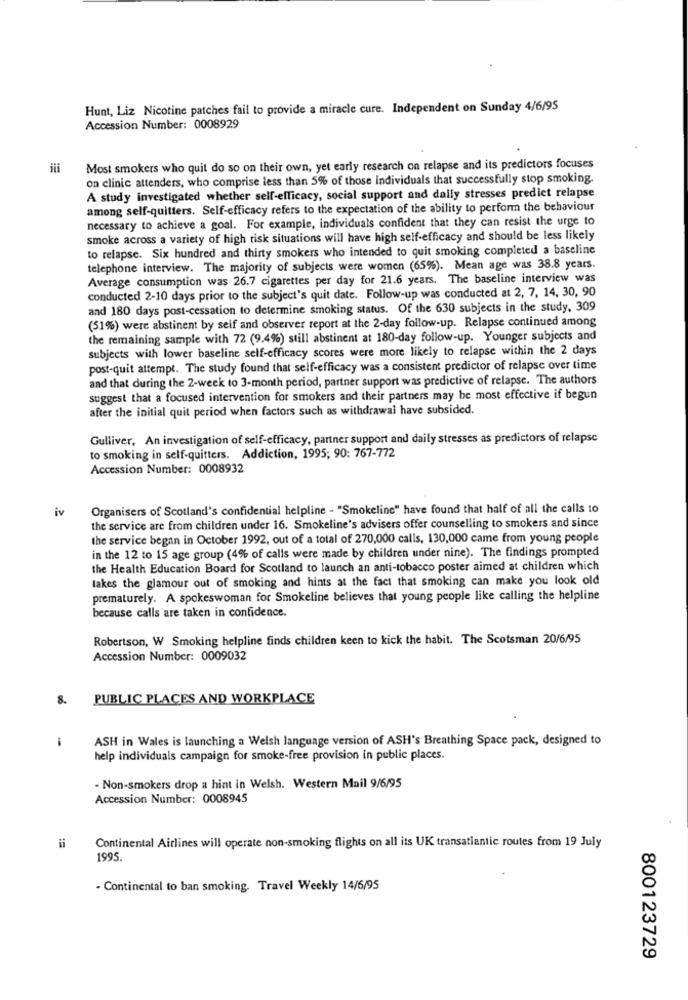
Hunt, Liz Nicotine patches fail to provide a miracle cure. Independent on Sunday 4/6/95
Accession Number: 0008929
Most smokers who quit do so on their own, yet early research on relapse and its predictors focuses
on clinic attenders, who comprise less than 5% of those individuals that successfully stop smoking.
A study investigated whether self-efficacy, social support and daily stresses predict relapse
among self-quitters. Self-efficacy refers to the expectation of the ability to perform the behaviour
necessary to achieve a goal. For example, individuals confident that they can resist the urge to
smoke across a variety of high risk situations will have high self-efficacy and should be less likely
to relapse. Six hundred and thirty smokers who intended to quit smoking completed a baseline
telephone interview. The majority of subjects were women (65%). Mean age was 38.8 years.
Average consumption was 26.7 cigarettes per day for 21.6 years. The baseline interview was
conducted 2-10 days prior to the subject's quit date. Follow-up was conducted at 2, 7, 14, 30, 90
and 180 days post-cessation to determine smoking status. Of the 630 subjects in the study, 309
(51%) were abstinent by seif and observer report at the 2-day follow-up. Relapse continued among
the remaining sample with 72 (9.4%) still abstinent at 180-day follow-up. Younger subjects and
subjects with lower baseline self-efficacy scores were more likely to relapse within the 2 days
post-quit attempt. The study found that self-efficacy was a consistent predictor of relapse over time
and that during the 2-week to 3-month period, partner support was predictive of relapse. The authors
suggest that a focused intervention for smokers and their partners may be most effective if begun
after the initial quit period when factors such as withdrawal have subsided.
Gulliver, An investigation of self-efficacy, partner support and daily stresses as predictors of relapse
to smoking in self-quitters. Addiction, 1995; 90: 767-772
Accession Number: 0008932
iv
Organisers of Scotland's confidential helpline - "Smokeline" have found that half of all the calls to
the service are from children under 16. Smokeline's advisers offer counselling to smokers and since
the service began in October 1992, out of a total of 270,000 calls, 130,000 came from young people
in the 12 to 15 age group (4% of calls were made by children under nine). The findings prompted
the Health Education Board for Scotland to launch an anti-tobacco poster aimed at children which
takes the glamour out of smoking and hints at the fact that smoking can make you look old
prematurely. A spokeswoman for Smokeline believes that young people like calling the helpline
because calls are taken in confidence.
Robertson, W Smoking helpline finds children keen to kick the habit. The Scotsman 20/6/95
Accession Number: 0009032
8.
PUBLIC PLACES AND WORKPLACE
ASH in Wales is launching a Welsh language version of ASH's Breathing Space pack, designed to
help individuals campaign for smoke-free provision in public places.
- Non-smokers drop a hint in Welsh. Western Mail 9/6/95
Accession Number: 0008945
Continental Airlines will operate non-smoking flights on all its UK transatlantic routes from 19 July
1995.
- Continental to ban smoking. Travel Weekly 14/6/95
800123729